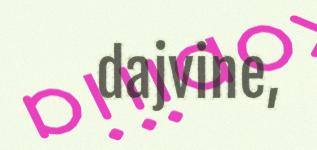
dajvine,